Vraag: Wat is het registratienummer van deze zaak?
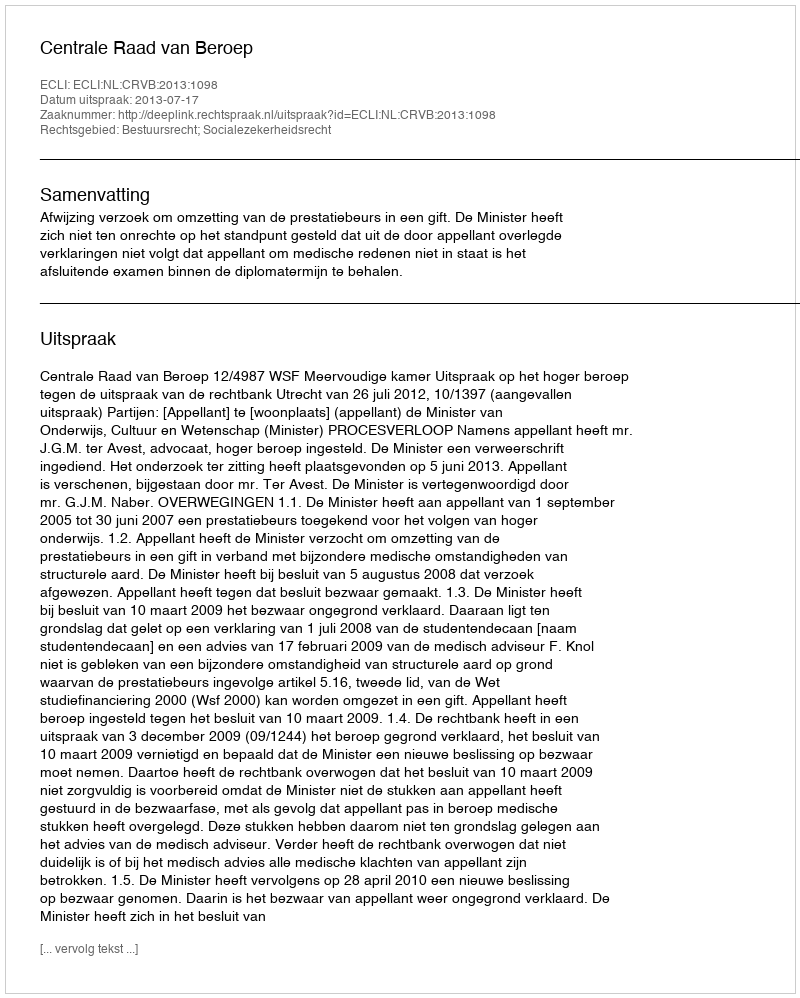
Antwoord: http://deeplink.rechtspraak.nl/uitspraak?id=ECLI:NL:CRVB:2013:1098